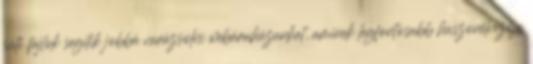
süti fájlok segítik jobbá varázsolni webáruházunkat, aminek legfontosabb haszonélvezője